Report of the Indian Hemp Drugs Commission, 1894-1895 - Volume V
Year: 1894
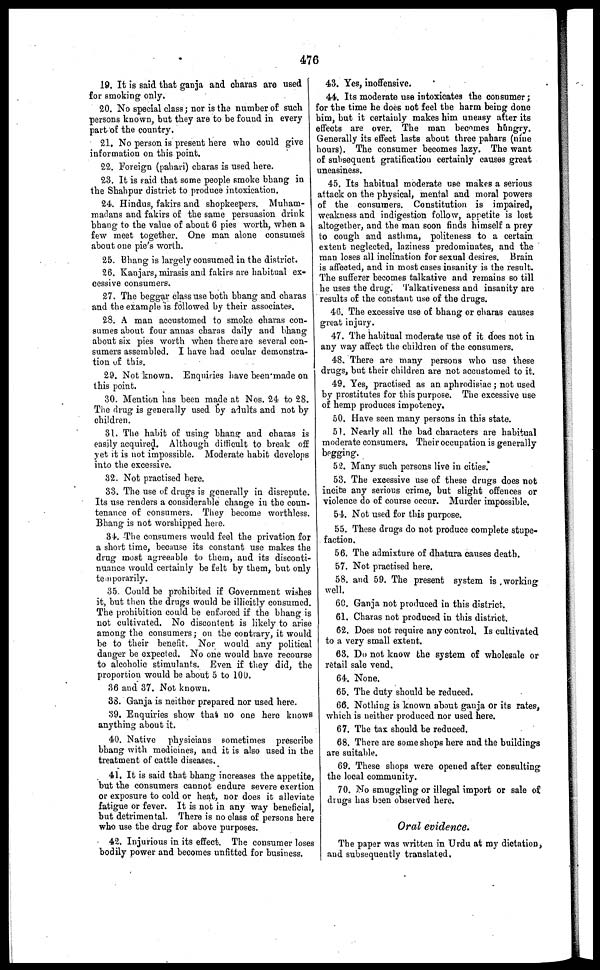
476
19. It is said that ganja and charas are used
for smoking only.
20. No special class ; nor is the number of such
persons known, but they are to be found in every
part of the country.
21. No person is present here who could give
information on this point.
22. Foreign (pahari) charas is used here.
23. It is said that some people smoke bhang in
the Shahpur district to produce intoxication.
24. Hindus, fakirs and shopkeepers. Muham-
madans and fakirs of the same persuasion drink
bhang to the value of about 6 pies worth, when a
few meet together. One man alone consumes
about one pie's worth.
25. Bhang is largely consumed in the district.
26. Kanjars, mirasis and fakirs are habitual ex-
cessive consumers.
27. The beggar class use both bhang and charas
and the example is followed by their associates.
28. A man accustomed to smoke charas con-
sumes about four annas charas daily and bhang
about six pies worth when there are several con-
sumers assembled. I have had ocular demonstra-
tion of this.
29. Not known. Enquiries have been made on
this point.
30. Mention has been made at Nos. 24 to 28.
The drug is generally used by adults and not by
children.
31. The habit of using bhang and charas is
easily acquired. Although difficult to break off
yet it is not impossible. Moderate habit develops
into the excessive.
32. Not practised here.
33. The use of drugs is generally in disrepute.
Its use renders a considerable change in the coun-
tenance of consumers. They become worthless.
Bhang is not worshipped here.
34. The consumers would feel the privation for
a short time, because its constant use makes the
drug most agreeable to them, and its disconti-
nuance would certainly be felt by them, but only
temporarily.
35. Could be prohibited if Government wishes
it, but then the drugs would be illicitly consumed.
The prohibition could be enforced if the bhang is
not cultivated. No discontent is likely to arise
among the consumers; on the contrary, it would
be to their benefit. Nor would any political
danger be expected. No one would have recourse
to alcoholic stimulants. Even if they did, the
proportion would be about 5 to 100.
36 and 37. Not known.
83. Ganja is neither prepared nor used here.
39. Enquiries show that no one here knows
anything about it.
40. Native physicians sometimes prescribe
bhang with medicines, and it is also used in the
treatment of cattle diseases.
41. It is said that bhang increases the appetite,
but the consumers cannot endure severe exertion
or exposure to cold or heat, nor does it alleviate
fatigue or fever. It is not in any way beneficial,
but detrimental. There is no class of persons here
who use the drug for above purposes.
42. Injurious in its effect. The consumer loses
bodily power and becomes unfitted for business.
43. Yes, inoffensive.
44. Its moderate use intoxicates the consumer;
for the time he does not feel the harm being done
him, but it certainly makes him uneasy after its
effects are over. The man becomes hungry.
Generally its effect lasts about three pahars (nine
hours). The consumer becomes lazy. The want
of subsequent gratification certainly causes great
uneasiness.
45. Its habitual moderate use makes a serious
attack on the physical, mental and moral powers
of the consumers. Constitution is impaired,
weakness and indigestion follow, appetite is lost
altogether, and the man soon finds himself a prey
to cough and asthma, politeness to a certain
extent neglected, laziness predominates, and the
man loses all inclination for sexual desires. Brain
is affected, and in most cases insanity is the result.
The sufferer becomes talkative and remains so till
he uses the drug. Talkativeness and insanity are
results of the constant use of the drugs.
46. The excessive use of bhang or charas causes
great injury.
47. The habitual moderate use of it does not in
any way affect the children of the consumers.
48. There are many persons who use these
drugs, but their children are not accustomed to it.
49. Yes, practised as an aphrodisiac; not used
by prostitutes for this purpose. The excessive use
of hemp produces impotency.
50. Have seen many persons in this state.
51. Nearly all the bad characters are habitual
moderate consumers. Their occupation is generally
begging.
52. Many such persons live in cities.
53. The excessive use of these drugs does not
incite any serious crime, but slight offences or
violence do of course occur. Murder impossible.
54. Not used for this purpose.
55. These drugs do not produce complete stupe-
faction.
56. The admixture of dhatura causes death.
57. Not practised here.
58. and 59. The present system is working
well.
60. Ganja not produced in this district.
61. Charas not produced in this district.
62. Does not require any control, Is cultivated
to a very small extent.
63. Do not know the system of wholesale or
retail sale vend.
64. None.
65. The duty should be reduced.
66. Nothing is known about ganja or its rates,
which is neither produced nor used here.
67. The tax. should be reduced.
68. There are some shops here and the buildings
are suitable.
69. These shops were opened after consulting
the local community.
70. No smuggling or illegal import or sale of
drugs has been observed here.
Oral evidence.
The paper was written in Urdu at my dictation,
and subsequently translated.